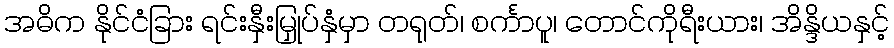
အဓိက နိုင်ငံခြား ရင်းနှီးမြှုပ်နှံမှာ တရုတ်၊ စင်္ကာပူ၊ တောင်ကိုရီးယား၊ အိန္ဒိယနှင့်